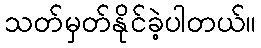
သတ်မှတ်နိုင်ခဲ့ပါတယ်။